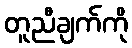
တူညီချက်ကို